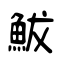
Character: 鮁